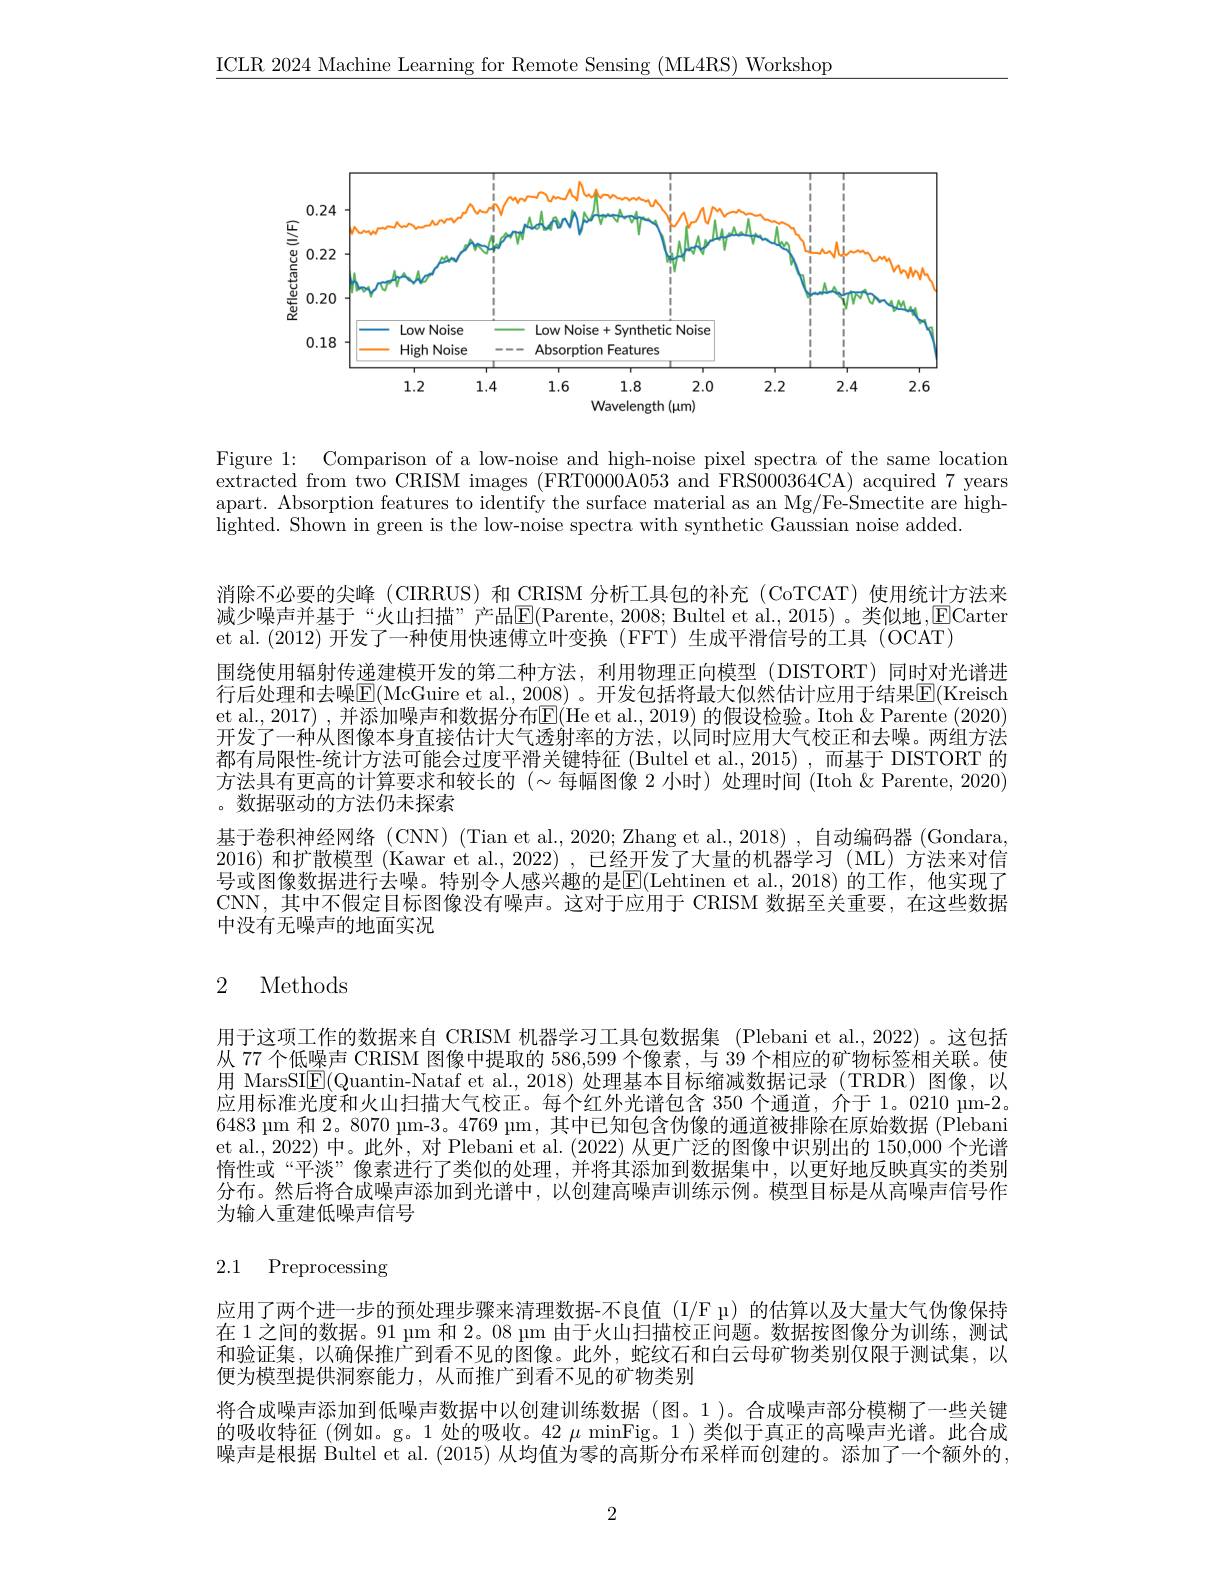
$\underline{\mathrm{ICLR~2024~Machine~Learning~for~Remote~Sensing~(ML4RS)~Workshop}}$

<FigureHere>

Figure 1: Comparison of a low-noise and high-noise pixel spectra of the same location extracted from two CRISM images (FRT0000A053 and FRS000364CA) acquired 7 years apart. Absorption features to identify the surface material as an Mg/Fe-Smectite are highlighted. Shown in green is the low-noise spectra with synthetic Gaussian noise added.

消除不必要的尖峰 (CIRRUS)和 CRISM 分析工具包的补充 (CoTCAT) 使用统计方法来减少噪声并基于“火山扫描”产品E(Parente,2008; Bultel et al., 2015)。类似地，ECarter et al.(2012) 开发了一种使用快速傅立叶变换 (FFT) 生成平滑信号的工具 (OCAT)
围绕使用辐射传递建模开发的第二种方法，利用物理正向模型(DISTORT)同时对光谱进行后处理和去噪$\overline{\mathrm{E}}($McGuire et al., 2008) 。开发包括将最大似然估计应用于结果$\boxed{\mathrm{E}}($Kreisch et al., 2017) , 并添加噪声和数据分布$\operatorname{E}($He et al., 2019) 的假设检验。Itoh &Parente (2020) 开发了一种从图像本身直接估计大气透射率的方法，以同时应用大气校正和去噪。两组方法都有局限性-统计方法可能会过度平滑关键特征 (Bultel et al.,2015) ,而基于 DISTORT 的方法具有更高的计算要求和较长的 $(\sim$每幅图像 2 小时)处理时间 (Itoh &Parente, 2020) 。数据驱动的方法仍未探索
基于卷积神经网络 (CNN) (Tian et al., 2020; Zhang et al., 2018) , 自动编码器 (Gondara, 2016)和扩散模型 (Kawar et al., 2022) ,已经开发了大量的机器学习 (ML)方法来对信号或图像数据进行去噪。特别令人感兴趣的是$\overline{\mathbb{E}}($Lehtinen et al.,2018)的工作，他实现了CNN,其中不假定目标图像没有噪声。这对于应用于 CRISM 数据至关重要，在这些数据中没有无噪声的地面实况

# 2 Methods

用于这项工作的数据来自 CRISM 机器学习工具包数据集 (Plebani et al., 2022) 。这包括从 77 个低噪声 CRISM 图像中提取的 586,599 个像素，与 39 个相应的矿物标签相关联。使用 MarsSI$\underline{\mathrm{E}}($Quantin-Nataf et al.,2018)处理基本目标缩减数据记录(TRDR)图像，以应用标准光度和火山扫描大气校正。每个红外光谱包含 350 个通道，介于 1。0210 pm-2。6483 μm 和 2。8070 μm-3。4769 μm, 其中已知包含伪像的通道被排除在原始数据 (Plebani et al., 2022) 中。此外，对 Plebani et al. (2022)从更广泛的图像中识别出的 150,000 个光谱惰性或“平淡”像素进行了类似的处理，并将其添加到数据集中，以更好地反映真实的类别分布。然后将合成噪声添加到光谱中，以创建高噪声训练示例。模型目标是从高噪声信号作为输入重建低噪声信号

# 2.1 Preprocessing

应用了两个进一步的预处理步骤来清理数据-不良值 (I/F μ)的估算以及大量大气伪像保持在 1 之间的数据。91 μm 和 2。08 μm 由于火山扫描校正问题。数据按图像分为训练，测试和验证集，以确保推广到看不见的图像。此外，蛇纹石和白云母矿物类别仅限于测试集，以便为模型提供洞察能力，从而推广到看不见的矿物类别
将合成噪声添加到低噪声数据中以创建训练数据(图。1)。合成噪声部分模糊了一些关键的吸收特征 (例如。g。1 处的吸收。42 $\mu$ minFig。1)类似于真正的高噪声光谱。此合成噪声是根据 Bultel et al. (2015) 从均值为零的高斯分布采样而创建的。添加了一个额外的

2